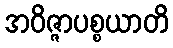
အဝိဇ္ဇာပစ္စယာတိ